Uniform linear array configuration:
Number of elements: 32
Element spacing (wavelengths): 1
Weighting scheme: exponential
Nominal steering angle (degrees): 45
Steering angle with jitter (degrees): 46.956
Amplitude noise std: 0.05
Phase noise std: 0.05

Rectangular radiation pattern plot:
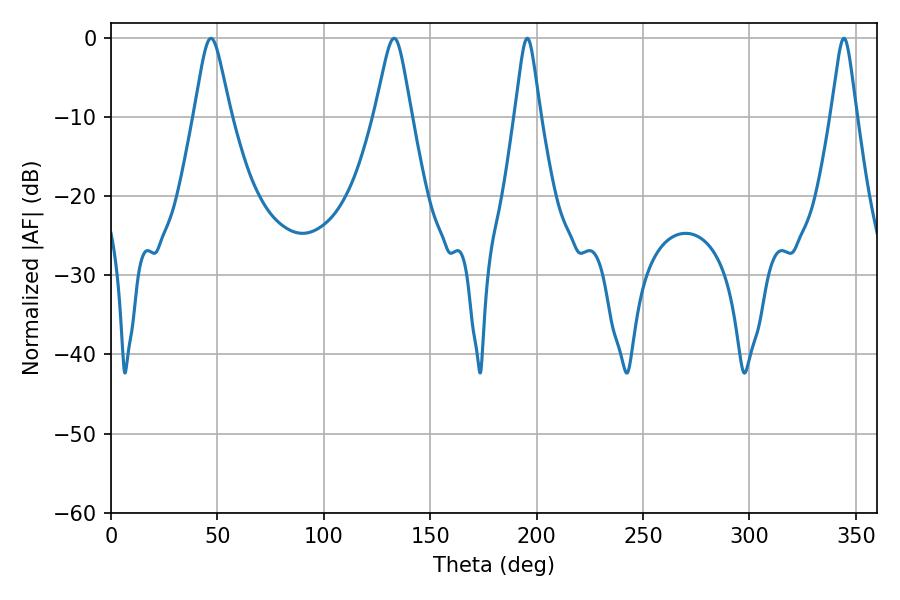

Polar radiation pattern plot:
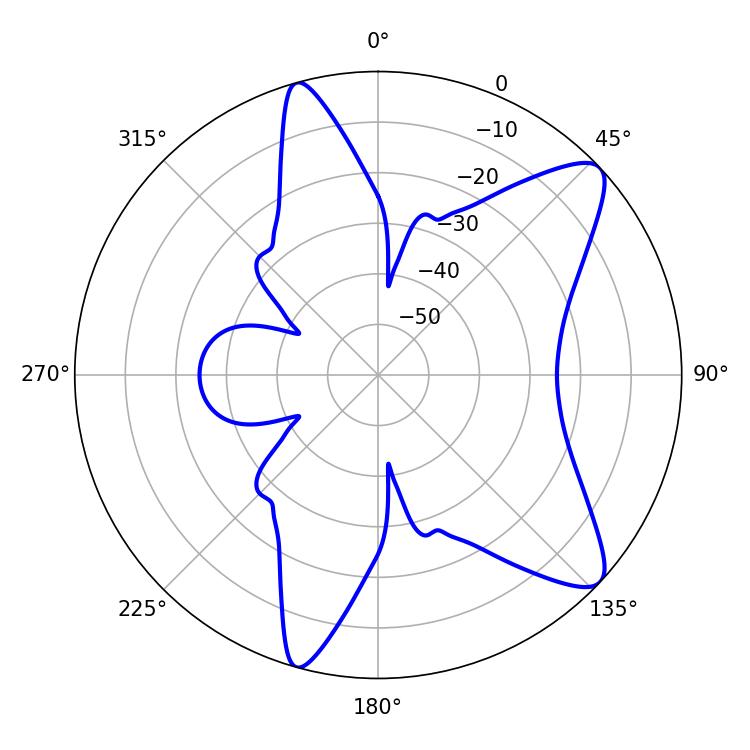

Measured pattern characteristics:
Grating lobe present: TRUE
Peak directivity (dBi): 10.155
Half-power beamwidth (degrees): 8.28
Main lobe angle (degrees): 46.98